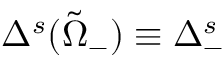
\Delta ^ { s } ( \Tilde { \Omega } _ { - } ) \equiv \Delta _ { - } ^ { s }